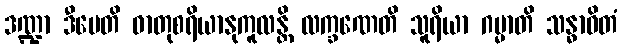
ဒဏ္ဍာ ဒီပေတိ ဓာတုစရိယာနုကူလန္တိ လက္ခဏေတိ သူရိယာ ဂမ္မာတိ သန္ဓာဝိတံ